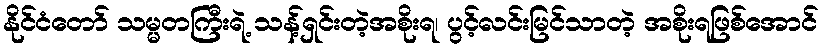
နိုင်ငံတော် သမ္မတကြီးရဲ့ သန့်ရှင်းတဲ့အစိုးရ၊ ပွင့်လင်းမြင်သာတဲ့ အစိုးရဖြစ်အောင်